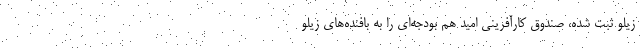
زیلو ثبت شده، صندوق کارآفرینی امید هم بودجه‌ای را به بافنده‌های زیلو